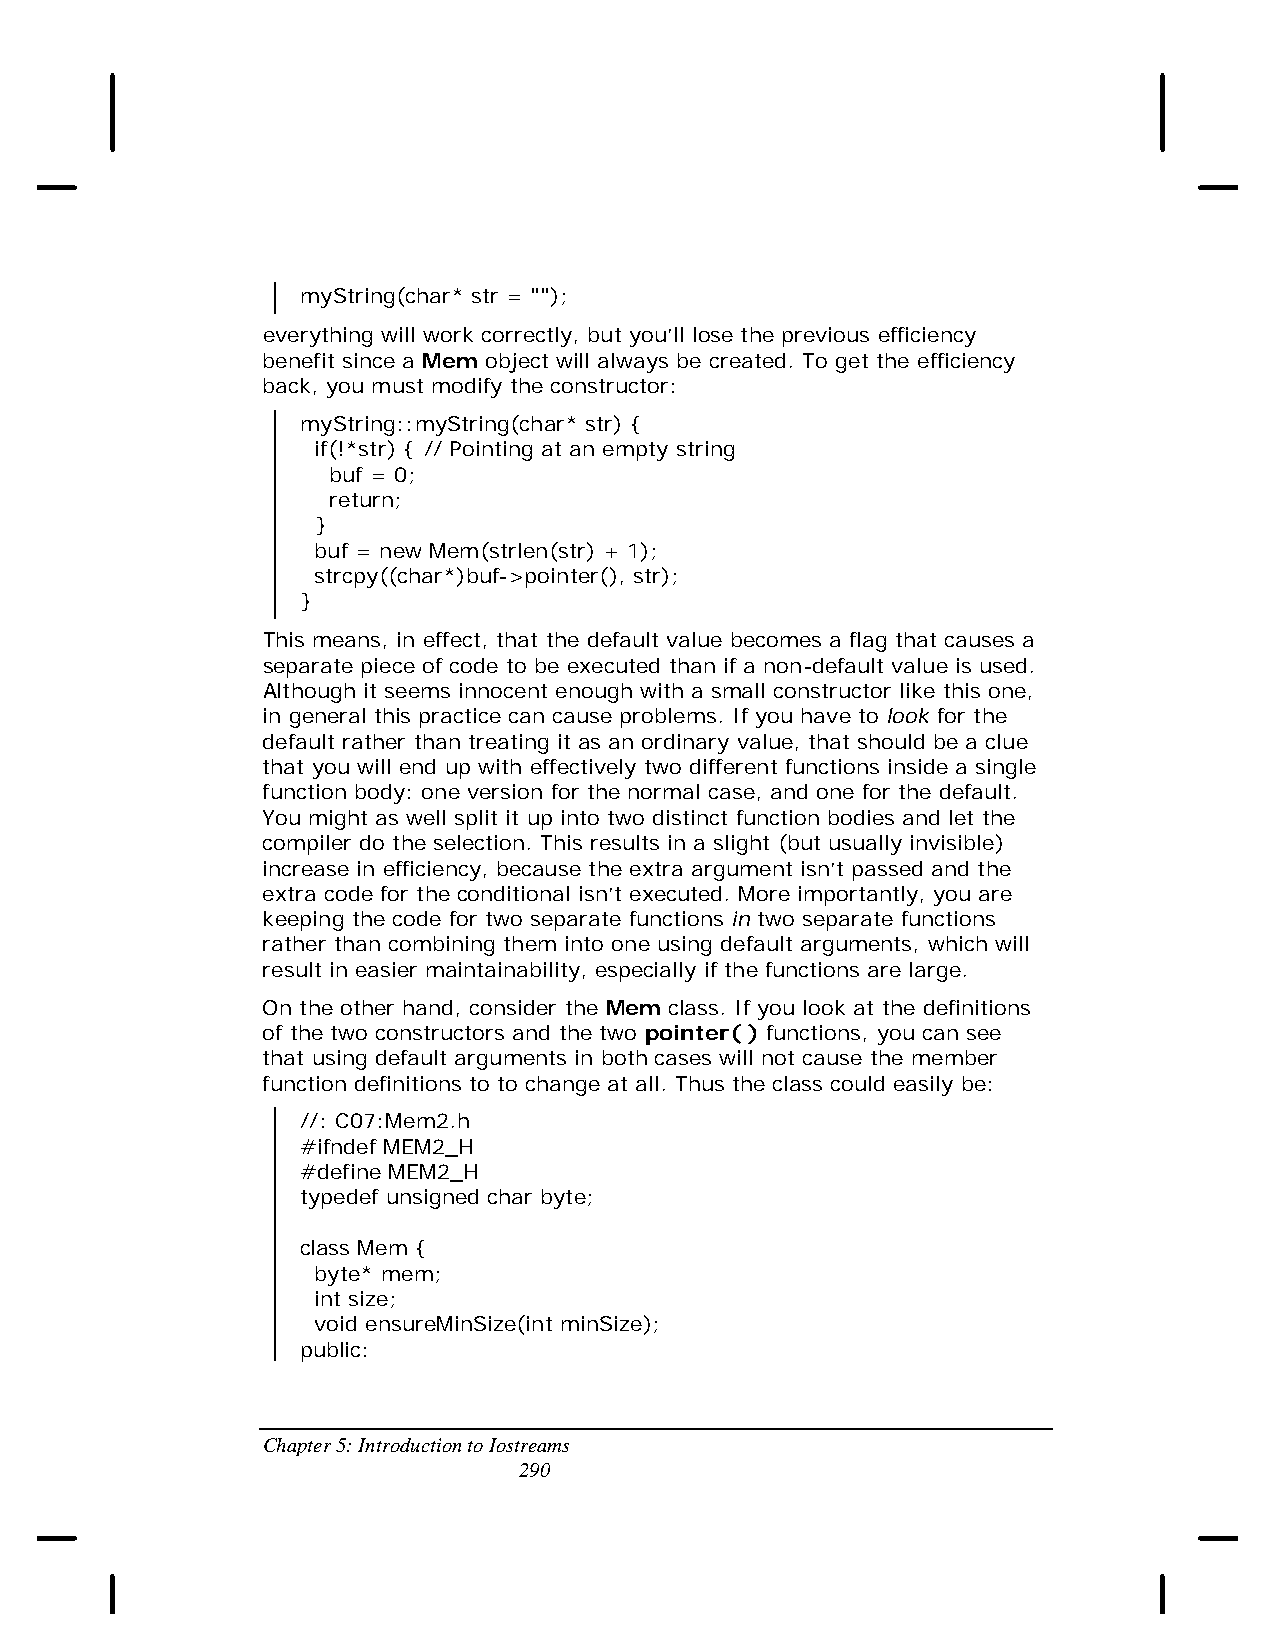
myString(char* str = "");
 everything will work correctly, but you’ll lose the previous efficiency
 benefit since a Mem object will always be created. To get the efficiency
 back, you must modify the constructor:
 myString::myString(char* str) {
 if(!*str) { // Pointing at an empty string
 buf = 0;
 return;
 }
 buf = new Mem(strlen(str) + 1);
 strcpy((char*)buf->pointer(), str);
 }
 This means, in effect, that the default value becomes a flag that causes a
 separate piece of code to be executed than if a non-default value is used.
 Although it seems innocent enough with a small constructor like this one,
 in general this practice can cause problems. If you have to look for the
 default rather than treating it as an ordinary value, that should be a clue
 that you will end up with effectively two different functions inside a single
 function body: one version for the normal case, and one for the default.
 You might as well split it up into two distinct function bodies and let the
 compiler do the selection. This results in a slight (but usually invisible)
 increase in efficiency, because the extra argument isn’t passed and the
 extra code for the conditional isn’t executed. More importantly, you are
 keeping the code for two separate functions in two separate functions
 rather than combining them into one using default arguments, which will
 result in easier maintainability, especially if the functions are large.
 On the other hand, consider the Mem class. If you look at the definitions
 of the two constructors and the two pointer( ) functions, you can see
 that using default arguments in both cases will not cause the member
 function definitions to to change at all. Thus the class could easily be:
 //: C07:Mem2.h
 #ifndef MEM2_H
 #define MEM2_H
 typedef unsigned char byte;
 class Mem {
 byte* mem;
 int size;
 void ensureMinSize(int minSize);
 public:
 Chapter 5: Introduction to Iostreams
 290